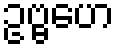
ဥဗ္ဗဟေ